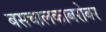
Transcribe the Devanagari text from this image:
बसचालकाबरोबर